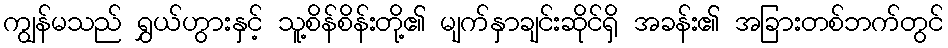
ကျွန်မသည် ရွှယ်ဟွားနှင့် သူ့စိန်စိန်းတို့၏ မျက်နှာချင်းဆိုင်ရှိ အခန်း၏ အခြားတစ်ဘက်တွင်